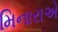
મિનારાએ